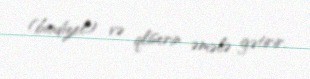
(biodizel) və qliserin əmələ gətirir.